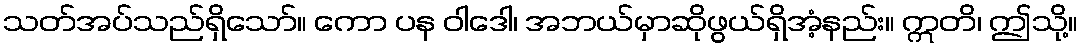
သတ်အပ်သည်ရှိသော်။ ကော ပန ဝါဒေါ၊ အဘယ်မှာဆိုဖွယ်ရှိအံ့နည်း။ ဣတိ၊ ဤသို့။